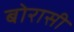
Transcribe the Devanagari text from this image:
बोरासी